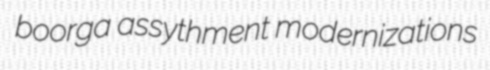
boorga assythment modernizations